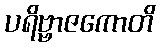
ပရိဗ္ဗာဇကောတိ